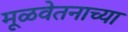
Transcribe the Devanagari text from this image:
मूळवेतनाच्या